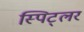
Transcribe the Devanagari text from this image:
स्पिट्लर